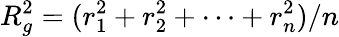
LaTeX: R_{g}^{2}=(r_{1}^{2}+r_{2}^{2}+\cdots+r_{n}^{2})/n